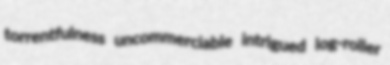
torrentfulness uncommerciable intrigued log-roller